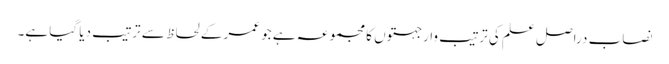
نصاب دراصل علم کی ترتیب وار جہتوں کا مجموعہ ہے جو عمر کے لحاظ سے ترتیب دیا گیا ہے۔